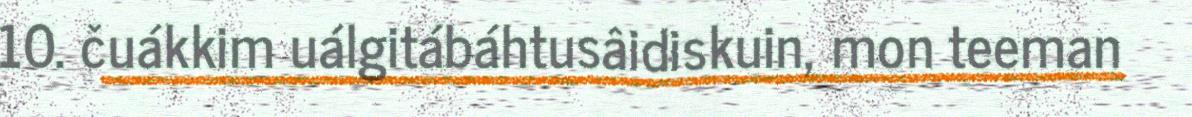
10. čuákkim uálgitábáhtusâidiskuin, mon teeman